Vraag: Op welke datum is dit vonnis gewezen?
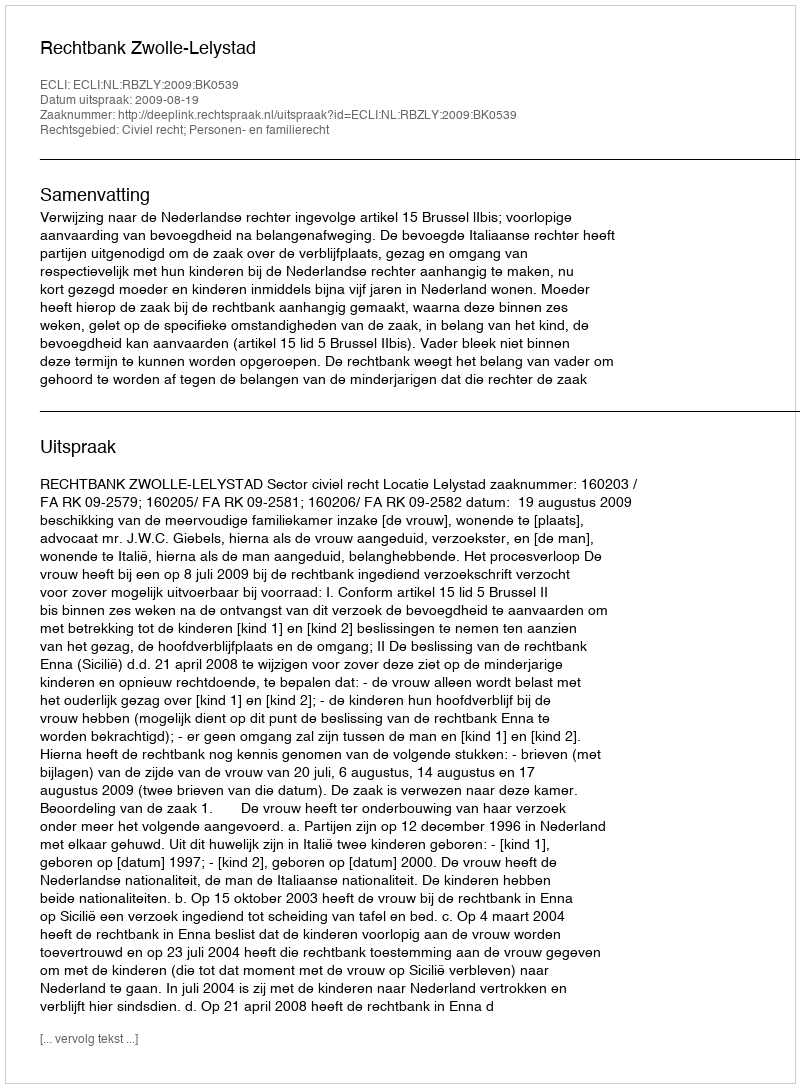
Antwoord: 2009-08-19